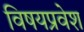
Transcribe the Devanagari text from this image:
विषयप्रवेश